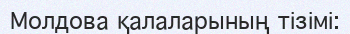
Молдова қалаларының тізімі: